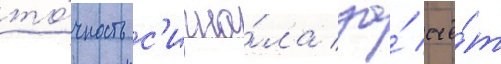
то́чность с'игна́ла за́ счё́т